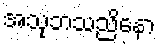
အသုဘသညိနော